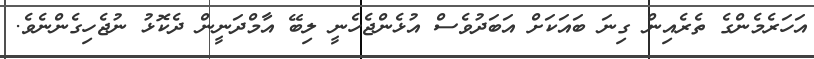
އަހަރެމެންގެ ތެރެއިން ގިނަ ބައަކަށް އަބަދުވެސް އުޅެންޖެހެނީ ލިބޭ އާމްދަނީން ދެކޮޅު ނުޖެހިގެންނެވެ.